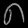
Digit: ၈